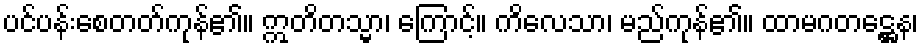
ပင်ပန်းစေတတ်ကုန်၏။ ဣတိတသ္မာ၊ ကြောင့်။ ကိလေသာ၊ မည်ကုန်၏။ ထာမဂတဋ္ဌေန၊